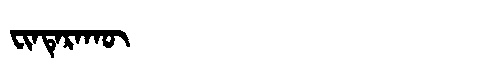
Manchu: ᠸᡳᠨᡨᡝᡵᠠᡴᡡ
Romanization: FINTERAKŪ